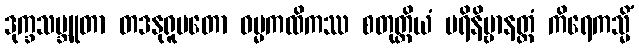
ဒုက္ခသမ္ဘူတာ တဒနုရူပတော ဓမ္မကထိကဿ စတုတ္ထိယံ ပရိနိဗ္ဗာနတ္ထံ ကိရေကသ္မိံ